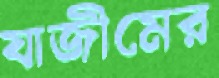
যাজীমের